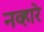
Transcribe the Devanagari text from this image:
नव्हारे